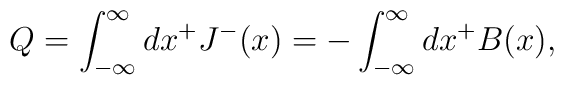
Q=\int^{\infty}_{-{\infty}}dx^+J^-(x)=-\int^{\infty}_{-{\infty}}dx^+B(x),